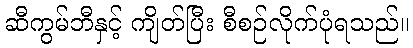
ဆီကွမ်ဘီနှင့် ကျိတ်ပြီး စီစဉ်လိုက်ပုံရသည်။